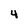
Character: 4